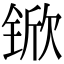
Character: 锨